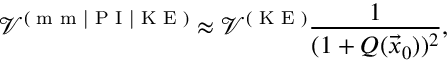
\mathcal { V } ^ { ( \textrm { m m | P I | K E } ) } \approx \mathcal { V } ^ { ( \textrm { K E } ) } \frac { 1 } { ( 1 + Q ( \vec { x } _ { 0 } ) ) ^ { 2 } } ,